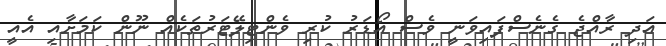
އަދި ރާއްޖެ ގެނެސްފައިވަނީ ވެސް އޯޑަރު ކުރި ވެންޓިލޭޓަރުތަކެއް ނޫން ކަމަށާއި އެއީ